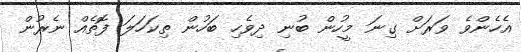
އެހެންވެ ވަރަށް ގިނަ މީހުން ބުނި ދިވެހި ބަހުން ތިކަހަލަ ފޮތެއް ނެރުން